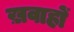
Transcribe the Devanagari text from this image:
ख़वाहों